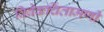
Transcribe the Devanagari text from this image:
विवेकचिंतामणी